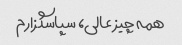
همه چیز عالی، سپاسگزارم